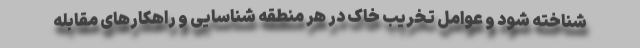
شناخته شود و عوامل تخریب خاک در هر منطقه شناسایی و راهکار‌های مقابله